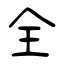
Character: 全